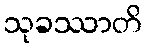
သုခဿာတိ